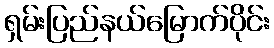
ရှမ်းပြည်နယ်မြောက်ပိုင်း